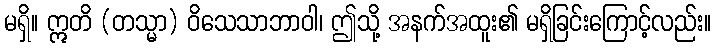
မရှိ။ ဣတိ (တသ္မာ) ဝိသေသာဘာဝါ၊ ဤသို့ အနက်အထူး၏ မရှိခြင်းကြောင့်လည်း။